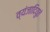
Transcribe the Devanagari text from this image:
व्यंजादियुतं